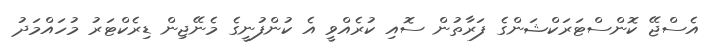
އެސްޖޭ ކޮންސްޓަރަކްޝަންގެ ފަރާތުން ސޮއި ކުރެއްވީ އެ ކުންފުނީގެ މެނޭޖިން ޑިރެކްޓަރު މުހައްމަދު